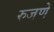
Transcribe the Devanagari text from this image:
रुजणे